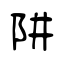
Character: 阱